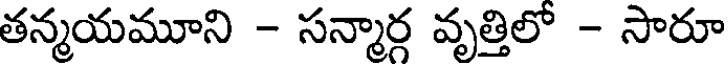
తన్మయమూని - సన్మార్గ వృత్తిలో - సారూ